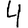
Digit: 4